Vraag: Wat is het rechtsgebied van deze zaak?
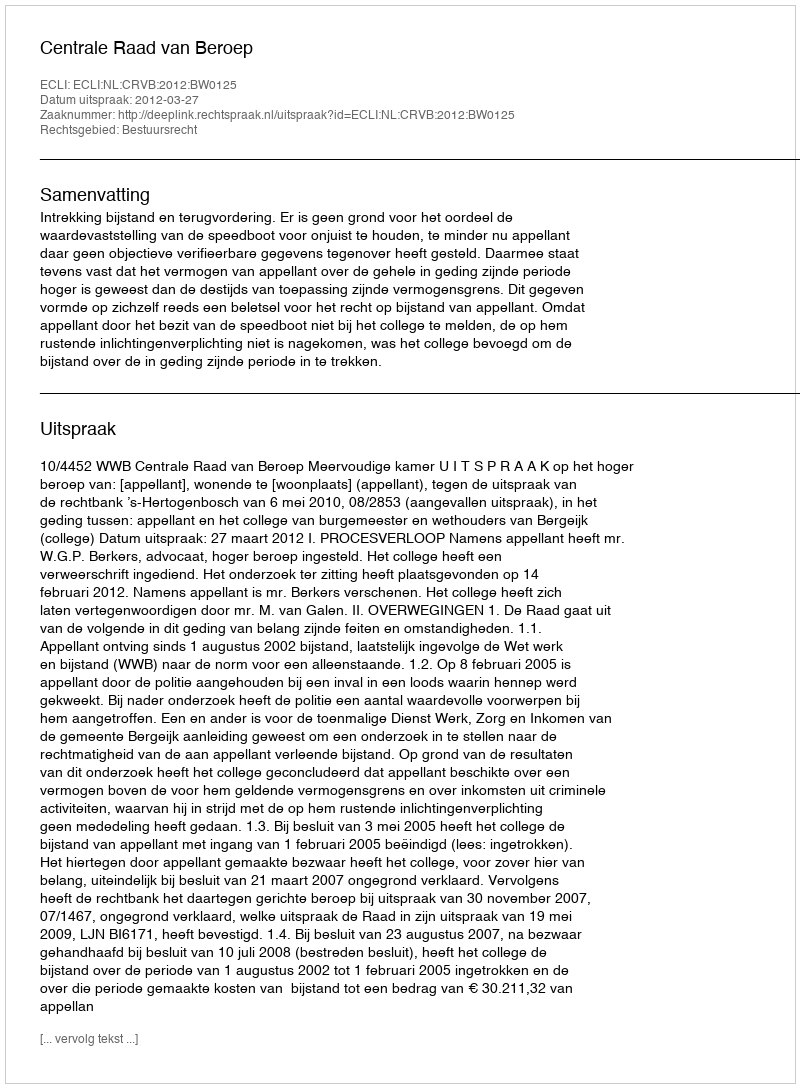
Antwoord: Bestuursrecht